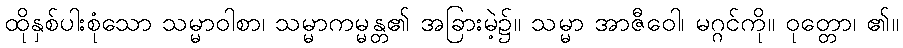
ထိုနှစ်ပါးစုံသော သမ္မာဝါစာ၊ သမ္မာကမ္မန္တ၏ အခြားမဲ့၌။ သမ္မာ အာဇီဝေါ၊ မဂ္ဂင်ကို။ ဝုတ္တော၊ ၏။